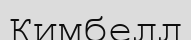
Кимбелл